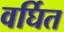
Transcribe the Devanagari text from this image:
वर्घित